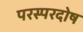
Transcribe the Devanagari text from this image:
परस्परदोष